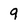
Character: 9